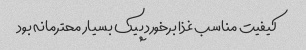
کیفیت مناسب غذا برخورد پیک بسیار محترمانه بود